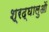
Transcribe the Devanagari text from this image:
श्रद्घालुओं